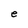
Character: e